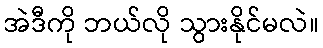
အဲဒီကို ဘယ်လို သွားနိုင်မလဲ။